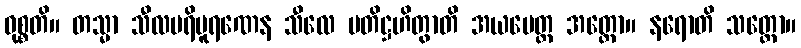
ဝုစ္စတိ။ တသ္မာ သီလပရိပူရဏေန သီလေ ပတိဋ္ဌဟိတွာတိ အယမေတ္ထ အတ္ထော။ နရောတိ သတ္တော။